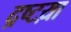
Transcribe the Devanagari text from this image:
द्रष्टय़ा